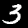
Label: 3